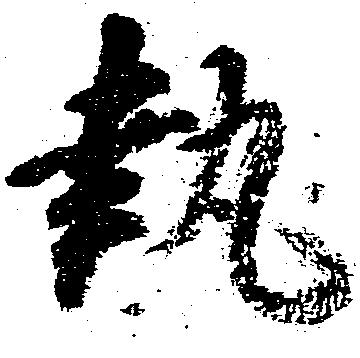
執